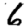
Digit: 6